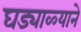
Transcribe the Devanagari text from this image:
घड्याळ्याने